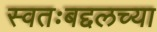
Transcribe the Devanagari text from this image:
स्वतःबद्दलच्या